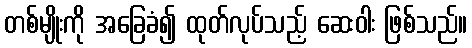
တစ်မျိုးကို အခြေခံ၍ ထုတ်လုပ်သည့် ဆေးဝါး ဖြစ်သည်။